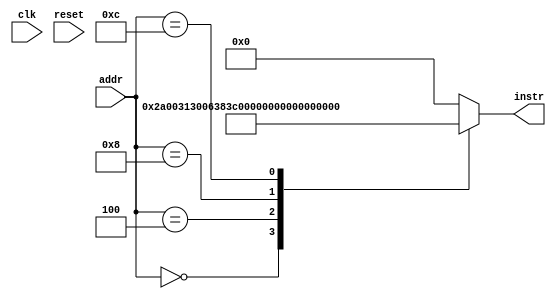
module ICache (
  input clk,
  input reset,
  input [31:0] addr,
  output reg [31:0] instr
);

  always@(*) begin
    case (addr)
      // loop:
      // li t1, 42
      32'h0: instr = 32'h02a00313;
      // add t2, t2, t1
      32'h4: instr = 32'h006383b3;
      // li t3, 1000
      32'h8: instr = 32'h3e800e13;
      // blt t2, t3, loop
      32'hc: instr = 32'hffc3cae3;
      
      default: instr = 32'b0;
    endcase
  end
endmodule